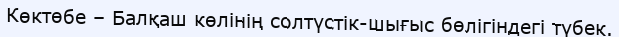
Көктөбе – Балқаш көлінің солтүстік-шығыс бөлігіндегі түбек.